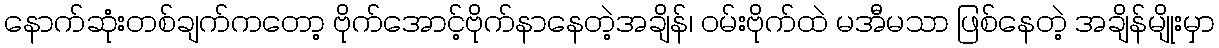
နောက်ဆုံးတစ်ချက်ကတော့ ဗိုက်အောင့်ဗိုက်နာနေတဲ့အချိန်၊ ဝမ်းဗိုက်ထဲ မအီမသာ ဖြစ်နေတဲ့ အချိန်မျိုးမှာ